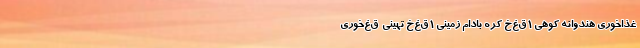
غذا‌خوری هندوانه کوهی ۱ ق‌غ‌خ کره بادام زمینی ۱ ق‌غ‌خ تهینی  ق‌غ‌خوری